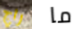
راج ما